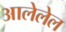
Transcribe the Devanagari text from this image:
आलेलेल